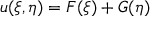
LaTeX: u ( \xi , \eta ) = F ( \xi ) + G ( \eta )